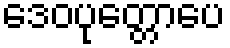
ဒေဝပုတ္တောပေ